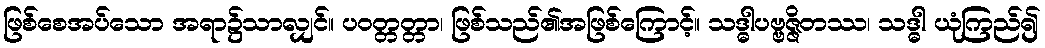
ဖြစ်စေအပ်သော အရာ၌သာလျှင်။ ပဝတ္တတ္တာ၊ ဖြစ်သည်၏အဖြစ်ကြောင့်။ သဒ္ဓါပဗ္ဗဇ္ဇိတဿ၊ သဒ္ဓါ ယုံကြည်၍